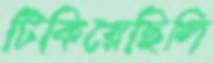
টিকিয়েছিলি